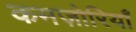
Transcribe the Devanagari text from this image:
कमज़ोरियाँ